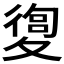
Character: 𡕴